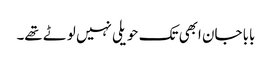
بابا جان ابھی تک حویلی نہیں لوٹے تھے۔